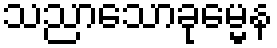
သညာသောခုမ္မေန